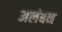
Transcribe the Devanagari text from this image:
अलंबन